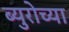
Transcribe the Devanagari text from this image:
ब्युरोच्या